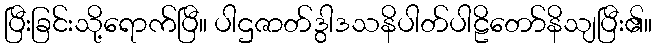
ပြီးခြင်းသို့ရောက်ပြီ။ ပါဌဇာတ်ဒွါဒသနိပါတ်ပါဠိတော်နိသျပြီး၏။